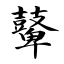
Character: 鼙